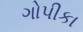
ગોપીકા